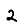
Digit: 2